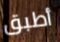
أطبق